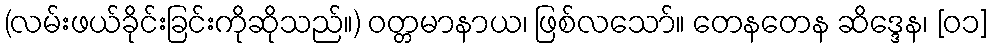
(လမ်းဖယ်ခိုင်းခြင်းကိုဆိုသည်။) ဝတ္တမာနာယ၊ ဖြစ်လသော်။ တေနတေန ဆိဒ္ဒေန၊ [၀၁]